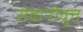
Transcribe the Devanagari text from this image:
सेवानीवृत्त